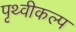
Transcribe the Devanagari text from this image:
पृथ्वीकल्प